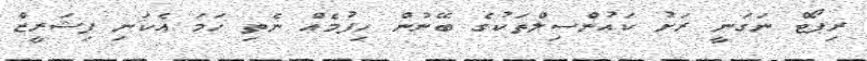
ރިޕޯޓް ނަގަނީ ރަށު ކައުންސިލްތަކުގެ ބޭނުން ހިފުމެއް ނެތި ހަމަ އެކަނި ފިޝަރީޒް